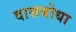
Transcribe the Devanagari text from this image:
दासबोधा